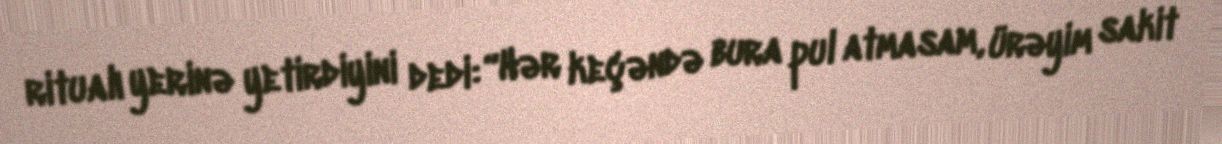
ritualı yerinə yetirdiyini dedi: “Hər keçəndə bura pul atmasam, ürəyim sakit